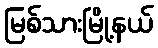
မြစ်သားမြို့နယ်